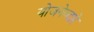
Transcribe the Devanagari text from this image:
योजनेव्दारे